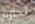
تحترم